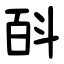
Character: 㪶